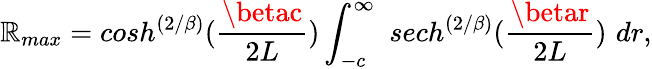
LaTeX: \mathbb{R}_{max}=cosh^{\left({2/\beta}\right)}({\frac{{\betac}}{{2L}}})\int_{-c}^{\infty}\, \, sech^{\left({2/\beta}\right)}({\frac{{\betar}}{{2L}}})\, \, dr,